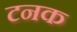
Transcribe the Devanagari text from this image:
टनक